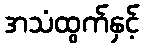
အသံထွက်နှင့်